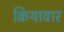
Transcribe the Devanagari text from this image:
क्रियावार